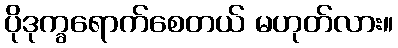
ပိုဒုက္ခရောက်စေတယ် မဟုတ်လား။